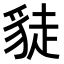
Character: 𧼌